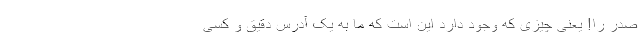
صدر را! یعنی چیزی که وجود دارد این است که ما به یک آدرس دقیق و کسی